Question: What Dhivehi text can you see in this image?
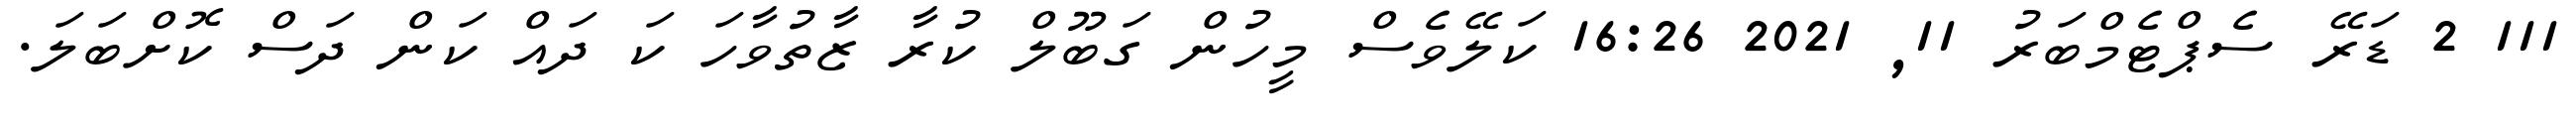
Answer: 111 2 ޑަރޭ ސެޕްޓެމްބަރު 11, 2021 16:26 ކަލޭވެސް މީހުން ގަބޫލް ކުރާ ޒާތުވާހަ ކަ ދައް ކަން ދަސް ކޮށްބަލަ.